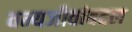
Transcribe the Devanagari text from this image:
वन्यजीवांबद्दल